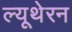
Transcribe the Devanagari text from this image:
ल्यूथेरन